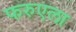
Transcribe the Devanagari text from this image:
फरुएला